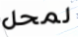
لمحل